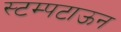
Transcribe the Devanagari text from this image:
स्टम्पटाऊन